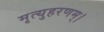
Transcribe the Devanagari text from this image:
मृत्युहरणम्‌।